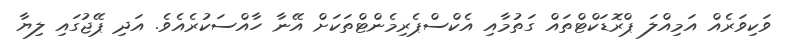
ވަކިވަރެއް އަމިއްލަ ޕްރޮޑަކްޓްތައް ގަތުމާއި އެކްސްޕެރިމެންޓްތަކަށް އޭނާ ހާއްސަކުރެއެވެ. އަދި ޕޭޖުގައި ލިޔާ